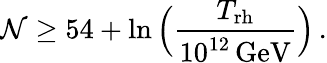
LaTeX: \mathcal{N}\geq54+\ln\Big({\frac{{T_{\mathrm{{rh}}}}}{{10^{12}\, \mathrm{{GeV}}}}}\Big)\, .